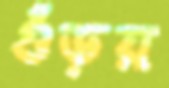
গুঁড়য়